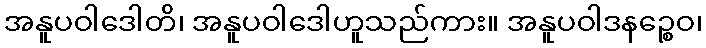
အနူပဝါဒေါတိ၊ အနူပဝါဒေါဟူသည်ကား။ အနူပဝါဒနဉ္စေဝ၊